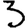
Digit: 3